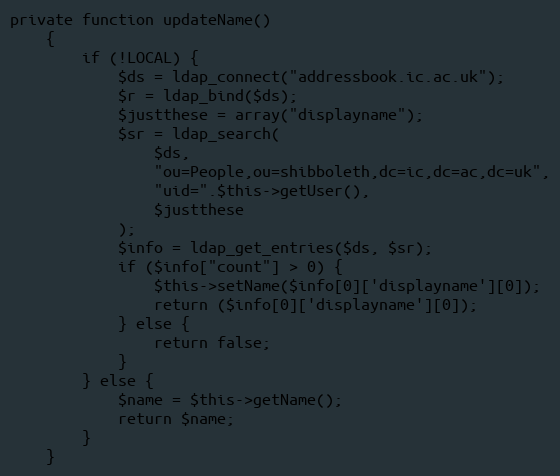
Language: PHP
private function updateName()
    {
        if (!LOCAL) {
            $ds = ldap_connect("addressbook.ic.ac.uk");
            $r = ldap_bind($ds);
            $justthese = array("displayname");
            $sr = ldap_search(
                $ds,
                "ou=People,ou=shibboleth,dc=ic,dc=ac,dc=uk",
                "uid=".$this->getUser(),
                $justthese
            );
            $info = ldap_get_entries($ds, $sr);
            if ($info["count"] > 0) {
                $this->setName($info[0]['displayname'][0]);
                return ($info[0]['displayname'][0]);
            } else {
                return false;
            }
        } else {
            $name = $this->getName();
            return $name;
        }
    }